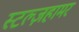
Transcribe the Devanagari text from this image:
स्टल्ज़हामर